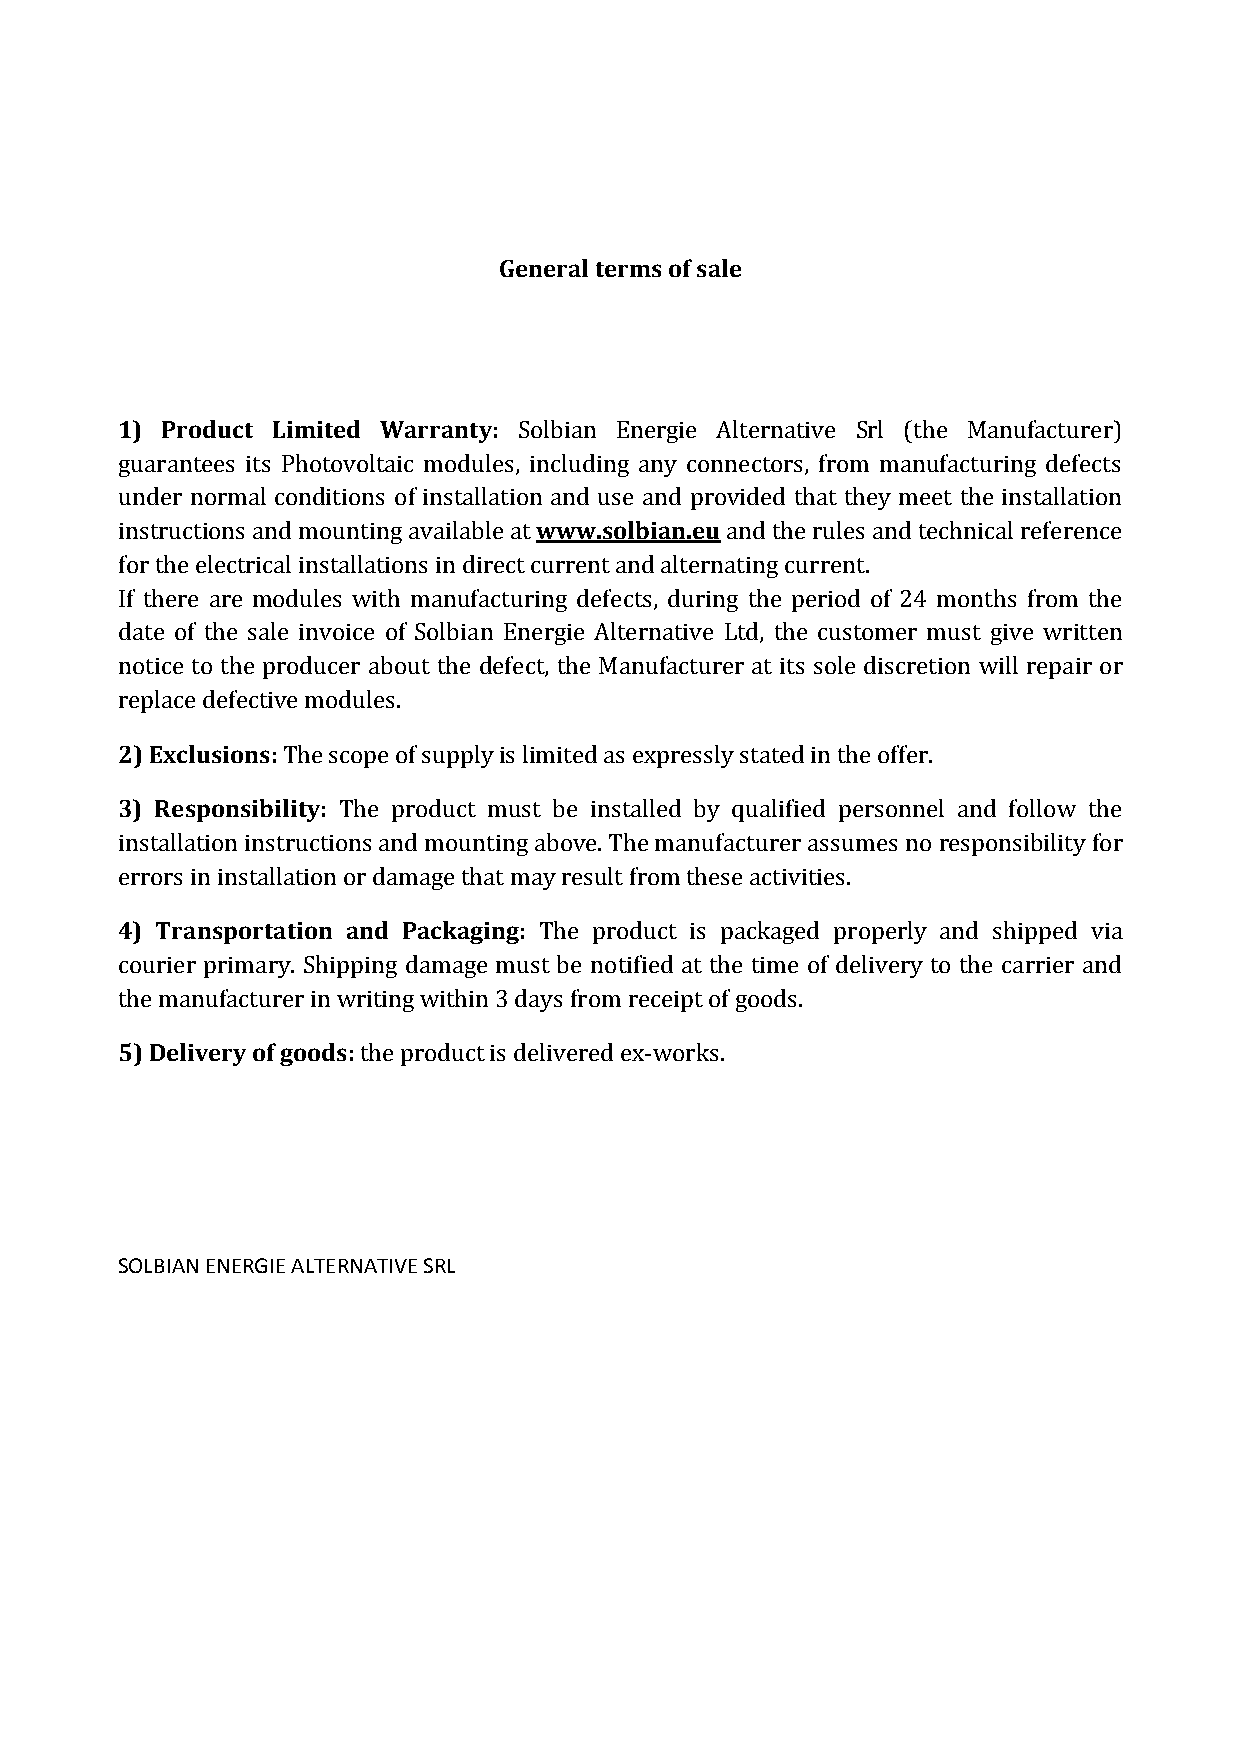
General terms of sale
 1) Product Limited Warranty: Solbian Energie Alternative Srl (the Manufacturer)
 guarantees its Photovoltaic modules, including any connectors, from manufacturing defects
 under normal conditions of installation and use and provided that they meet the installation
 instructions and mounting available at www.solbian.eu and the rules and technical reference
 for the electrical installations in direct current and alternating current.
 If there are modules with manufacturing defects, during the period of 24 months from the
 date of the sale invoice of Solbian Energie Alternative Ltd, the customer must give written
 notice to the producer about the defect, the Manufacturer at its sole discretion will repair or
 replace defective modules.
 2) Exclusions: The scope of supply is limited as expressly stated in the offer.
 3) Responsibility: The product must be installed by qualified personnel and follow the
 installation instructions and mounting above. The manufacturer assumes no responsibility for
 errors in installation or damage that may result from these activities.
 4) Transportation and Packaging: The product is packaged properly and shipped via
 courier primary. Shipping damage must be notified at the time of delivery to the carrier and
 the manufacturer in writing within 3 days from receipt of goods.
 5) Delivery of goods: the product is delivered ex-works.
 SOLBIAN ENERGIE ALTERNATIVE SRL